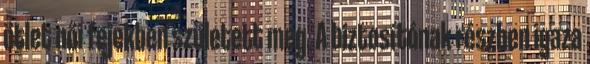
ötlet női fejekben született meg. A biztosítónak részben igaza